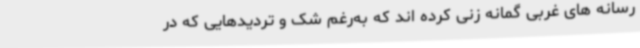
رسانه های غربی گمانه زنی کرده اند که به‌رغم شک و تردیدهایی که در